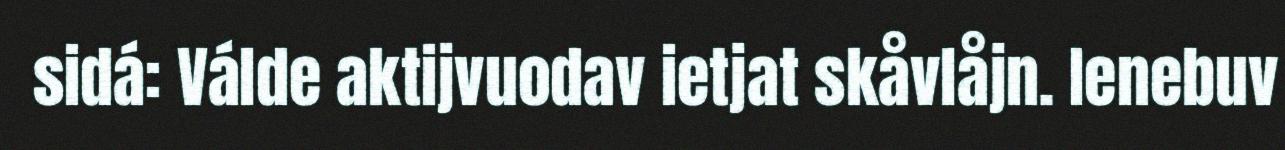
sidá: Válde aktijvuodav ietjat skåvlåjn. Ienebuv